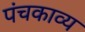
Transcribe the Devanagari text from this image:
पंचकाव्य